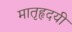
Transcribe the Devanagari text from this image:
मातृहृदयी